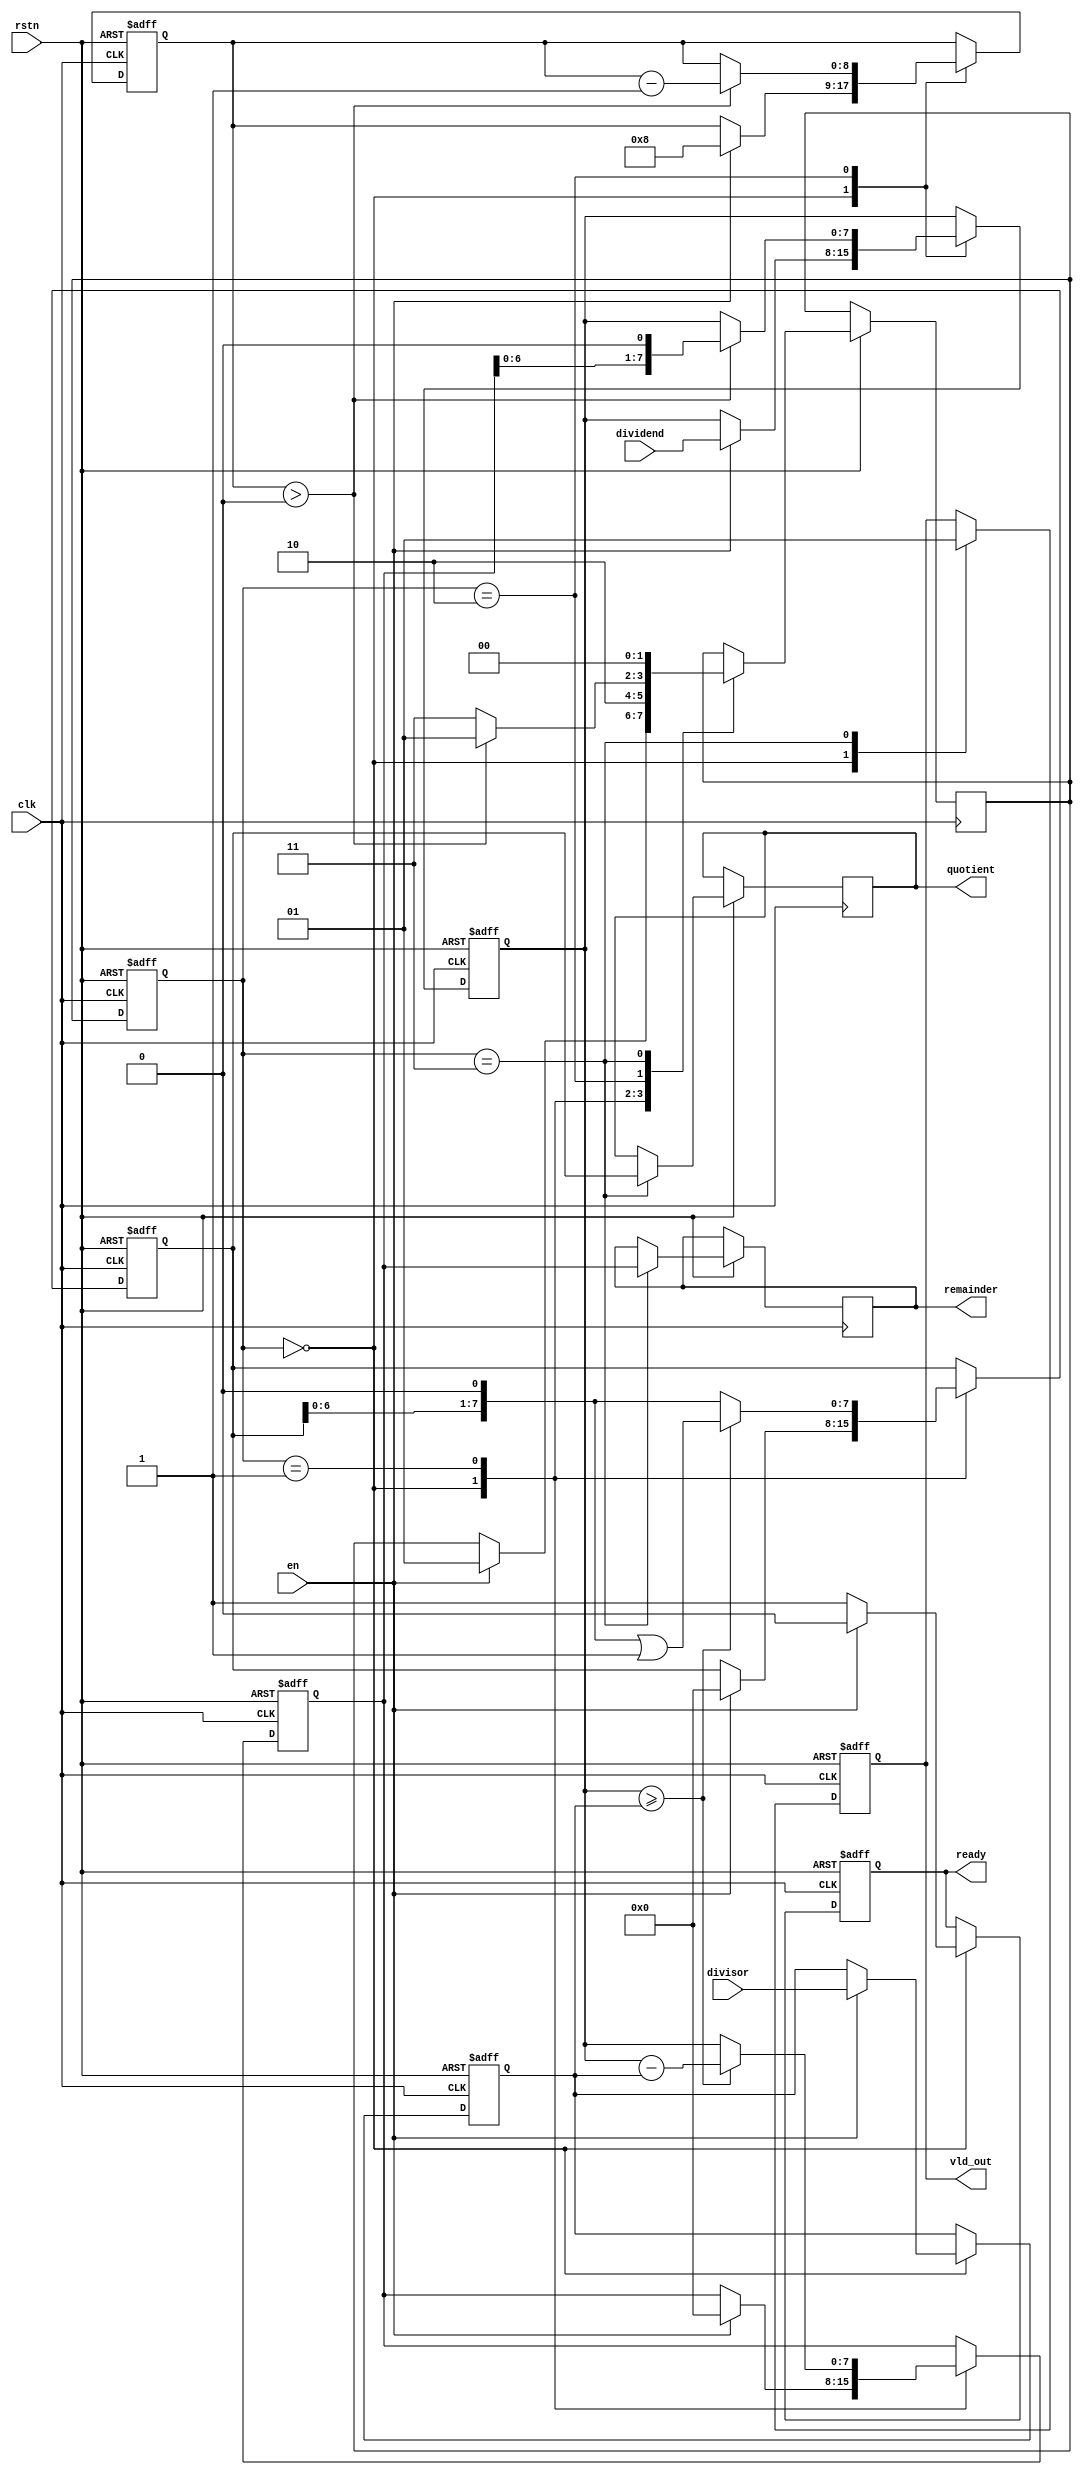
module radix2_div #(parameter DATAWIDTH = 8) (
    input wire clk,
    input wire rstn,
    input wire en,
    input wire [DATAWIDTH-1:0] dividend,
    input wire [DATAWIDTH-1:0] divisor,
    output reg ready,
    output reg [DATAWIDTH-1:0] quotient,
    output reg [DATAWIDTH-1:0] remainder,
    output reg vld_out
);

    // State definitions
    localparam IDLE  = 2'b00,
               SUB   = 2'b01,
               SHIFT = 2'b10,
               DONE  = 2'b11;

    // FSM and data registers
    reg [1:0] current_state, next_state;
    reg [DATAWIDTH-1:0] dividend_e, divisor_e;
    reg [DATAWIDTH-1:0] quotient_e, remainder_e;
    reg [DATAWIDTH:0] count;

    // Next state logic
    always @(posedge clk or negedge rstn) begin
        if (!rstn) begin
            current_state <= IDLE;
        end else begin
            current_state <= next_state;
        end
    end

    // FSM, data registers, and output logic
    always @(posedge clk or negedge rstn) begin
        if (!rstn) begin
            dividend_e <= 0;
            divisor_e <= 0;
            quotient_e <= 0;
            remainder_e <= 0;
            count <= 0;
            ready <= 1;
            vld_out <= 0;
        end else begin
            case (current_state)
                IDLE: begin
                    ready <= 1;
                    vld_out <= 0;
                    if (en) begin
                        dividend_e <= dividend;
                        divisor_e <= divisor;
                        quotient_e <= 0;
                        remainder_e <= 0;
                        count <= DATAWIDTH; // Set counter for number of iterations
                        next_state <= SUB;
                        ready <= 0;
                    end
                end
                SUB: begin
                    // Subtraction stage
                    if (dividend_e >= divisor_e) begin
                        remainder_e <= dividend_e - divisor_e;
                        quotient_e <= (quotient_e << 1) | 1;
                    end else begin
                        remainder_e <= dividend_e;
                        quotient_e <= quotient_e << 1;
                    end
                    next_state <= SHIFT;
                end
                SHIFT: begin
                    // Shifting stage
                    if (count > 0) begin
                        dividend_e <= remainder_e << 1;
                        count <= count - 1;
                        next_state <= SUB;
                    end else begin
                        next_state <= DONE;
                    end
                end
                DONE: begin
                    // Completion stage
                    quotient <= quotient_e;
                    remainder <= remainder_e;
                    vld_out <= 1;
                    next_state <= IDLE;
                end
                default: begin
                    next_state <= IDLE;
                end
            endcase
        end
    end

endmodule